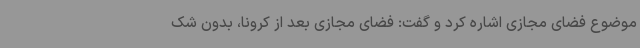
موضوع فضای مجازی اشاره کرد و گفت: فضای مجازی بعد از کرونا، بدون شک